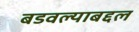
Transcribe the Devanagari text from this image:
बडवल्याबद्दल